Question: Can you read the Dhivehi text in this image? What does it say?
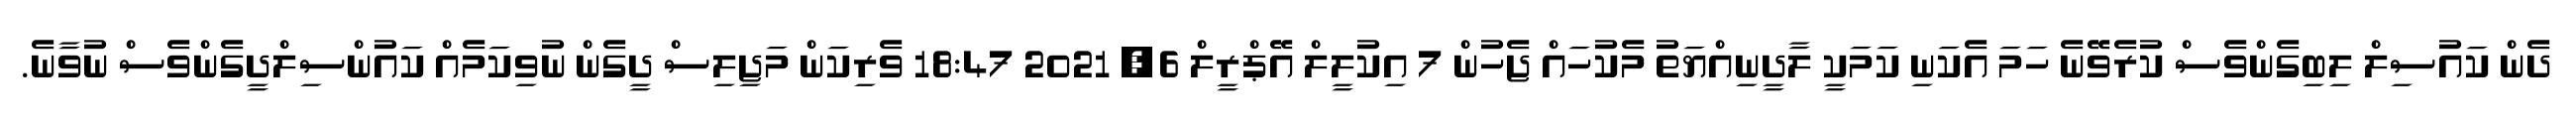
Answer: ދެން ކައުސިލް ލިބިގެންވެސް ކުރެވޭނެ ހަމަ އެކަނި ކަމަކީ ލާދީނިއްޔަތު މެކުހައް ޖެހުން 7 އިކުލީލް އޭޕްރީލް 6, 2021 18:47 ވެރިކަން މަޖިލިސް ދީގެން ނުވިކަމެއް ކައުންސިލްދީގެންވެސް ނުވާނެ.